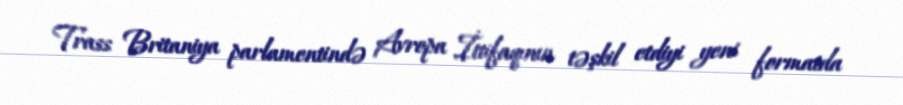
Trass Britaniya parlamentində Avropa İttifaqının təşkil etdiyi yeni formatda